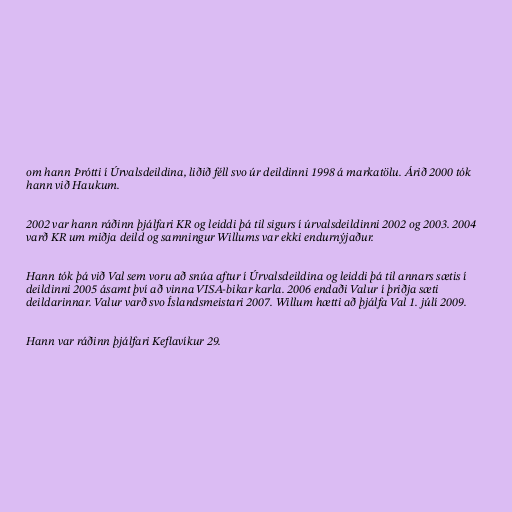
om hann Þrótti í Úrvalsdeildina, liðið féll svo úr deildinni 1998 á markatölu. Árið 2000 tók
hann við Haukum.

2002 var hann ráðinn þjálfari KR og leiddi þá til sigurs í úrvalsdeildinni 2002 og 2003. 2004
varð KR um miðja deild og samningur Willums var ekki endurnýjaður.

Hann tók þá við Val sem voru að snúa aftur í Úrvalsdeildina og leiddi þá til annars sætis í
deildinni 2005 ásamt því að vinna VISA-bikar karla. 2006 endaði Valur í þriðja sæti
deildarinnar. Valur varð svo Íslandsmeistari 2007. Willum hætti að þjálfa Val 1. júlí 2009.

Hann var ráðinn þjálfari Keflavíkur 29.